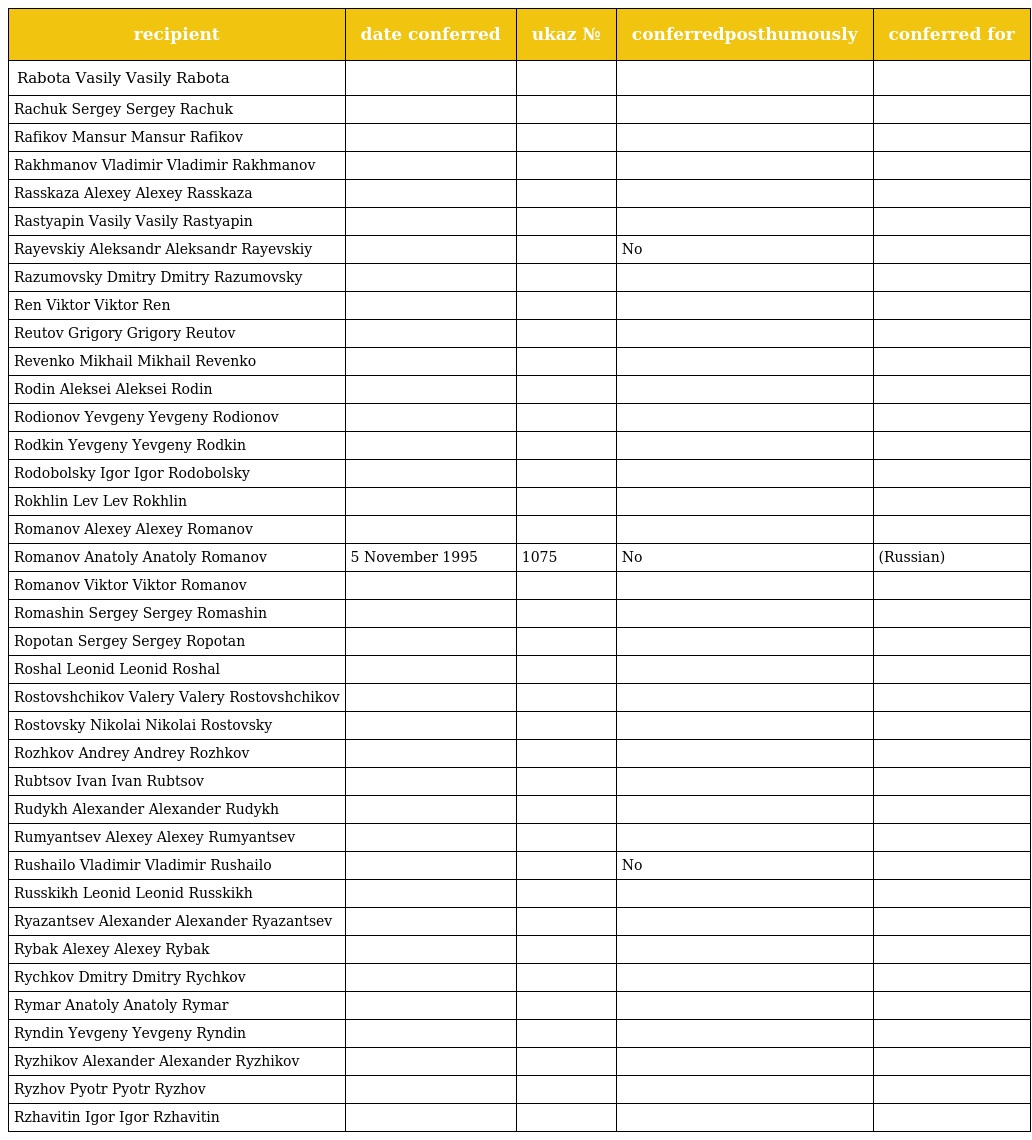
| recipient | date conferred | ukaz № | conferredposthumously | conferred for |
 | --- | --- | --- | --- | --- |
 | Rabota Vasily Vasily Rabota |  |  |  |  |
 | Rachuk Sergey Sergey Rachuk |  |  |  |  |
 | Rafikov Mansur Mansur Rafikov |  |  |  |  |
 | Rakhmanov Vladimir Vladimir Rakhmanov |  |  |  |  |
 | Rasskaza Alexey Alexey Rasskaza |  |  |  |  |
 | Rastyapin Vasily Vasily Rastyapin |  |  |  |  |
 | Rayevskiy Aleksandr Aleksandr Rayevskiy |  |  | No |  |
 | Razumovsky Dmitry Dmitry Razumovsky |  |  |  |  |
 | Ren Viktor Viktor Ren |  |  |  |  |
 | Reutov Grigory Grigory Reutov |  |  |  |  |
 | Revenko Mikhail Mikhail Revenko |  |  |  |  |
 | Rodin Aleksei Aleksei Rodin |  |  |  |  |
 | Rodionov Yevgeny Yevgeny Rodionov |  |  |  |  |
 | Rodkin Yevgeny Yevgeny Rodkin |  |  |  |  |
 | Rodobolsky Igor Igor Rodobolsky |  |  |  |  |
 | Rokhlin Lev Lev Rokhlin |  |  |  |  |
 | Romanov Alexey Alexey Romanov |  |  |  |  |
 | Romanov Anatoly Anatoly Romanov | 5 November 1995 | 1075 | No | (Russian) |
 | Romanov Viktor Viktor Romanov |  |  |  |  |
 | Romashin Sergey Sergey Romashin |  |  |  |  |
 | Ropotan Sergey Sergey Ropotan |  |  |  |  |
 | Roshal Leonid Leonid Roshal |  |  |  |  |
 | Rostovshchikov Valery Valery Rostovshchikov |  |  |  |  |
 | Rostovsky Nikolai Nikolai Rostovsky |  |  |  |  |
 | Rozhkov Andrey Andrey Rozhkov |  |  |  |  |
 | Rubtsov Ivan Ivan Rubtsov |  |  |  |  |
 | Rudykh Alexander Alexander Rudykh |  |  |  |  |
 | Rumyantsev Alexey Alexey Rumyantsev |  |  |  |  |
 | Rushailo Vladimir Vladimir Rushailo |  |  | No |  |
 | Russkikh Leonid Leonid Russkikh |  |  |  |  |
 | Ryazantsev Alexander Alexander Ryazantsev |  |  |  |  |
 | Rybak Alexey Alexey Rybak |  |  |  |  |
 | Rychkov Dmitry Dmitry Rychkov |  |  |  |  |
 | Rymar Anatoly Anatoly Rymar |  |  |  |  |
 | Ryndin Yevgeny Yevgeny Ryndin |  |  |  |  |
 | Ryzhikov Alexander Alexander Ryzhikov |  |  |  |  |
 | Ryzhov Pyotr Pyotr Ryzhov |  |  |  |  |
 | Rzhavitin Igor Igor Rzhavitin |  |  |  |  |